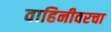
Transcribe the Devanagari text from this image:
वाहिनीवरचा